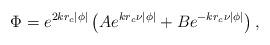
LaTeX: \begin{align*}\Phi = e^{2kr_c \left| \phi\right|}\left( A e^{kr_c \nu\left| \phi\right|} + B e^{-kr_c \nu \left| \phi\right|}\right) ,\end{align*}